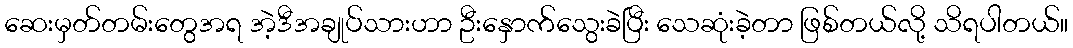
ဆေးမှတ်တမ်းတွေအရ အဲ့ဒီအချုပ်သားဟာ ဦးနှောက်သွေးခဲပြီး သေဆုံးခဲ့တာ ဖြစ်တယ်လို့ သိရပါတယ်။